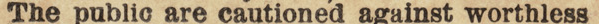
The public are cautioned against worthless